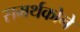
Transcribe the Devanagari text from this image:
समर्थकोने